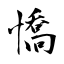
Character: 憍